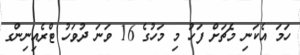
ހަމަ އެކަނި މެޗަށް ފަހު މި މަހުގެ 16 ވަނަ ދުވަހު ޓްރެއިނިންގ